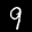
Label: 9